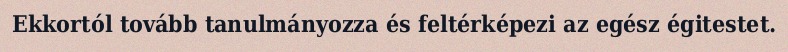
Ekkortól tovább tanulmányozza és feltérképezi az egész égitestet.